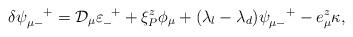
LaTeX: \begin{align*}\delta \psi_{\mu -}^{\quad +} = {\cal D}_{\mu}\varepsilon_-^{\enskip +} + \xi_P^z \phi_\mu + ( \lambda_l - \lambda_d ) \psi_{\mu -}^{\quad +} - e_\mu^z \kappa ,\end{align*}